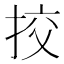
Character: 挍